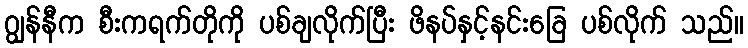
ဂျွန်နီက စီးကရက်တိုကို ပစ်ချလိုက်ပြီး ဖိနပ်နှင့်နင်းခြေ ပစ်လိုက် သည်။